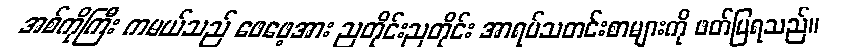
အစ်ကိုကြီး ကမယ်သည် ဖေဖေ့အား ညတိုင်းညတိုင်း အာရပ်သတင်းစာများကို ဖတ်ပြရသည်။